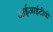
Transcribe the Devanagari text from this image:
आईआईटीयो